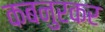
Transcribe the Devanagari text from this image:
कबनुरकर